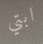
ابتي